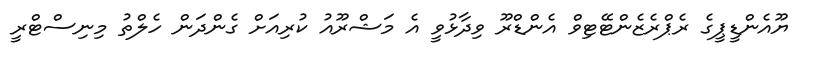
ޔޫއެންޑީޕީގެ ރެޕްރެޒެންޓޭޓިވް އެންޑްރޫ ވިދާޅުވީ އެ މަޝްރޫއު ކުރިއަށް ގެންދަން ހެލްތު މިނިސްޓްރީ